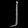
Digit: ၂